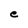
Character: e